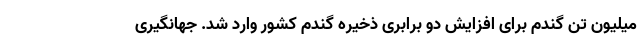
میلیون تن گندم برای افزایش دو برابری ذخیره گندم کشور وارد شد. جهانگیری